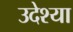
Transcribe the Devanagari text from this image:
उदेश्या